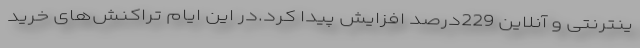
ینترنتی و آنلاین 229درصد افزایش پیدا کرد.در این ایام تراکنش‌های خرید